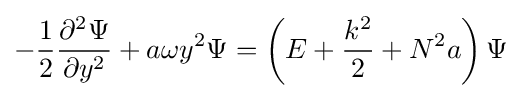
-{\frac {1}{2}}{\frac {\partial ^{2}\Psi }{\partial y^{2}}}+a\omega y^{2}\Psi =\left(E+{\frac {k^{2}}{2}}+N^{2}a\right)\Psi